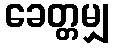
ခေတ္တမျှ